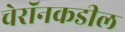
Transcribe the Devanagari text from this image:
चेरॉनकडील